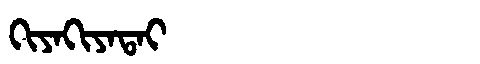
Manchu: ᡴᡳᠶᠠᡴᡳᠶᠠᡨᠠᡳ
Romanization: KIYAKIYATAI